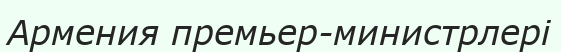
Армения премьер-министрлері